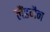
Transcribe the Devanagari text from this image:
लैंडमैन